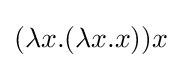
(\lambda x.(\lambda x.x))x